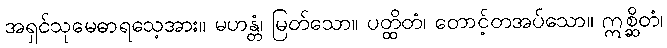
အရှင်သုမေဓာရသေ့အား။ မဟန္တံ၊ မြတ်သော။ ပတ္ထိတံ၊ တောင့်တအပ်သော။ ဣစ္ဆိတံ၊